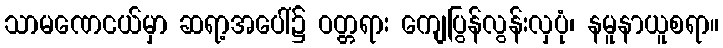
သာမဏေငယ်မှာ ဆရာ့အပေါ်၌ ဝတ္တရား ကျေပြွန်လွန်းလှပုံ၊ နမူနာယူစရာ။